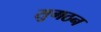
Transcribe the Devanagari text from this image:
सुगठन